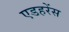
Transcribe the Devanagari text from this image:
एडहरेंस